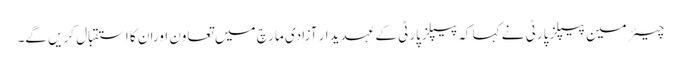
چیئرمین پیپلز پارٹی نے کہا کہ پیپلزپارٹی کے عہدیدار آزادی مارچ میں تعاون اوران کا استقبال کریں گے۔